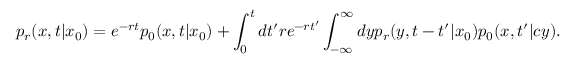
p _ { r } ( x , t | x _ { 0 } ) = e ^ { - r t } p _ { 0 } ( x , t | x _ { 0 } ) + \int _ { 0 } ^ { t } d t ^ { \prime } r e ^ { - r t ^ { \prime } } \int _ { - \infty } ^ { \infty } d y p _ { r } ( y , t - t ^ { \prime } | x _ { 0 } ) p _ { 0 } ( x , t ^ { \prime } | c y ) .